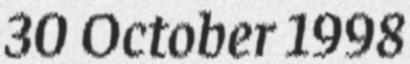
30 October 1998